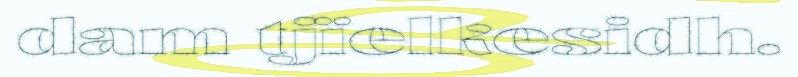
dam tjïelkesidh.